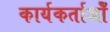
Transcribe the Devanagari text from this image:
कार्यकर्ताओँ